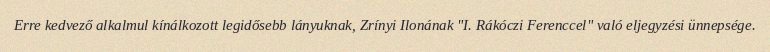
Erre kedvező alkalmul kínálkozott legidősebb lányuknak, Zrínyi Ilonának "I. Rákóczi Ferenccel" való eljegyzési ünnepsége.